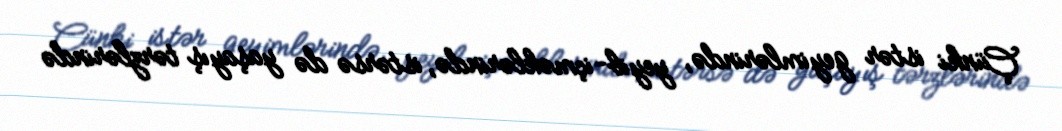
Çünki istər geyimlərində, yeyib-içməklərində, istərsə də yaşayış tərzlərində